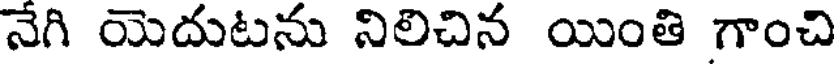
నేగి యెదుటను నిలిచిన యింతి గాంచి